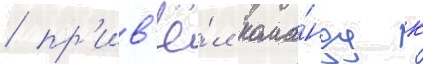
/ пр'ив'ё́л кома́нду к